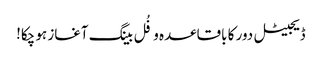
ڈیجیٹل دور کا باقاعدہ و فُل بینگ آغاز ہو چکا!